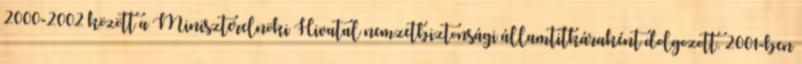
2000-2002 között a Miniszterelnöki Hivatal nemzetbiztonsági államtitkáraként dolgozott. 2001-ben